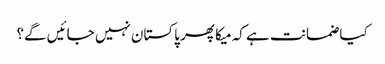
کیا ضمانت ہے کہ میکا پھر پاکستان نہیں جائیں گے؟